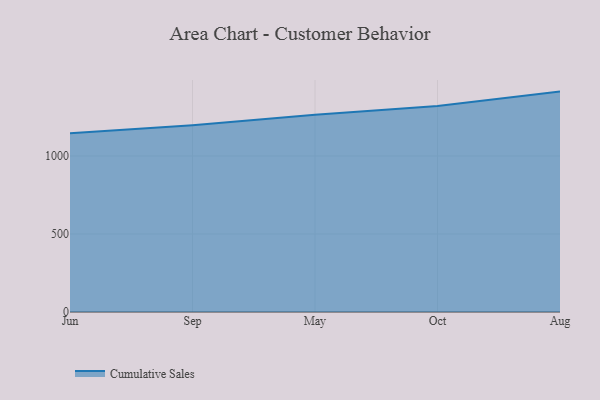
{"axis": {"x": "Month", "y": "Energy Usage (MWh)"}, "legend": ["Cumulative Sales"], "data": [{"x": "Jun", "y": 1144.9, "type": "Cumulative Sales"}, {"x": "Sep", "y": 1196.3, "type": "Cumulative Sales"}, {"x": "May", "y": 1264.4, "type": "Cumulative Sales"}, {"x": "Oct", "y": 1319.6, "type": "Cumulative Sales"}, {"x": "Aug", "y": 1412.6, "type": "Cumulative Sales"}]}